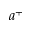
a ^ { + }